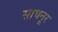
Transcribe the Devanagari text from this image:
साथनूर